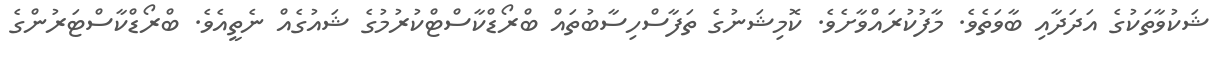
ޝަކުވާތަކުގެ އަދަދާއި ބާވަތެވެ. މާފުކުރައްވާށެވެ. ކޮމިޝަނުގެ ތަފާސްހިސާބުތައް ބްރޯޑްކާސްޓްކުރުމުގެ ޝައުގެއް ނެތީއެވެ. ބްރޯޑްކާސްޓަރުންގެ